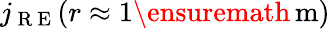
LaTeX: j_{\mathrm{~R~E~}}(r\approx 1\ensuremath{\, \mathrm{m}})